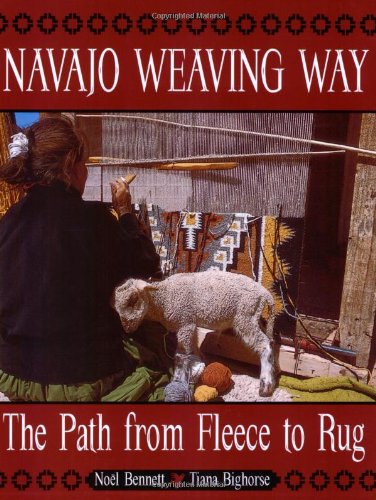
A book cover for Navajo Weaving Way; Noel Bennett; Crafts, Hobbies & Home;